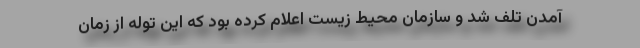
آمدن تلف شد و سازمان محیط زیست اعلام کرده بود که این توله از زمان